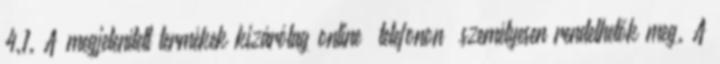
4.1. A megjelenített termékek kizárólag online telefonon személyesen rendelhetők meg. A